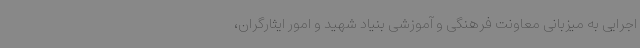
اجرایی به میزبانی معاونت فرهنگی و آموزشی بنیاد شهید و امور ایثارگران،